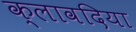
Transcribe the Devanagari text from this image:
क्लावदिया